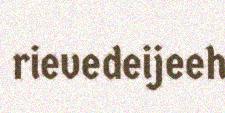
rievedeijeeh